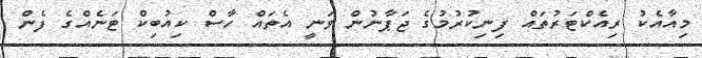
މިއާއެކު ރިއެކްޓަރުތައް ފިނިކުރުމުގެ ޖަޕާނުން ވަނީ އެތައް ހާސް ކިއުބިކް ޓަނެއްގެ ފެން